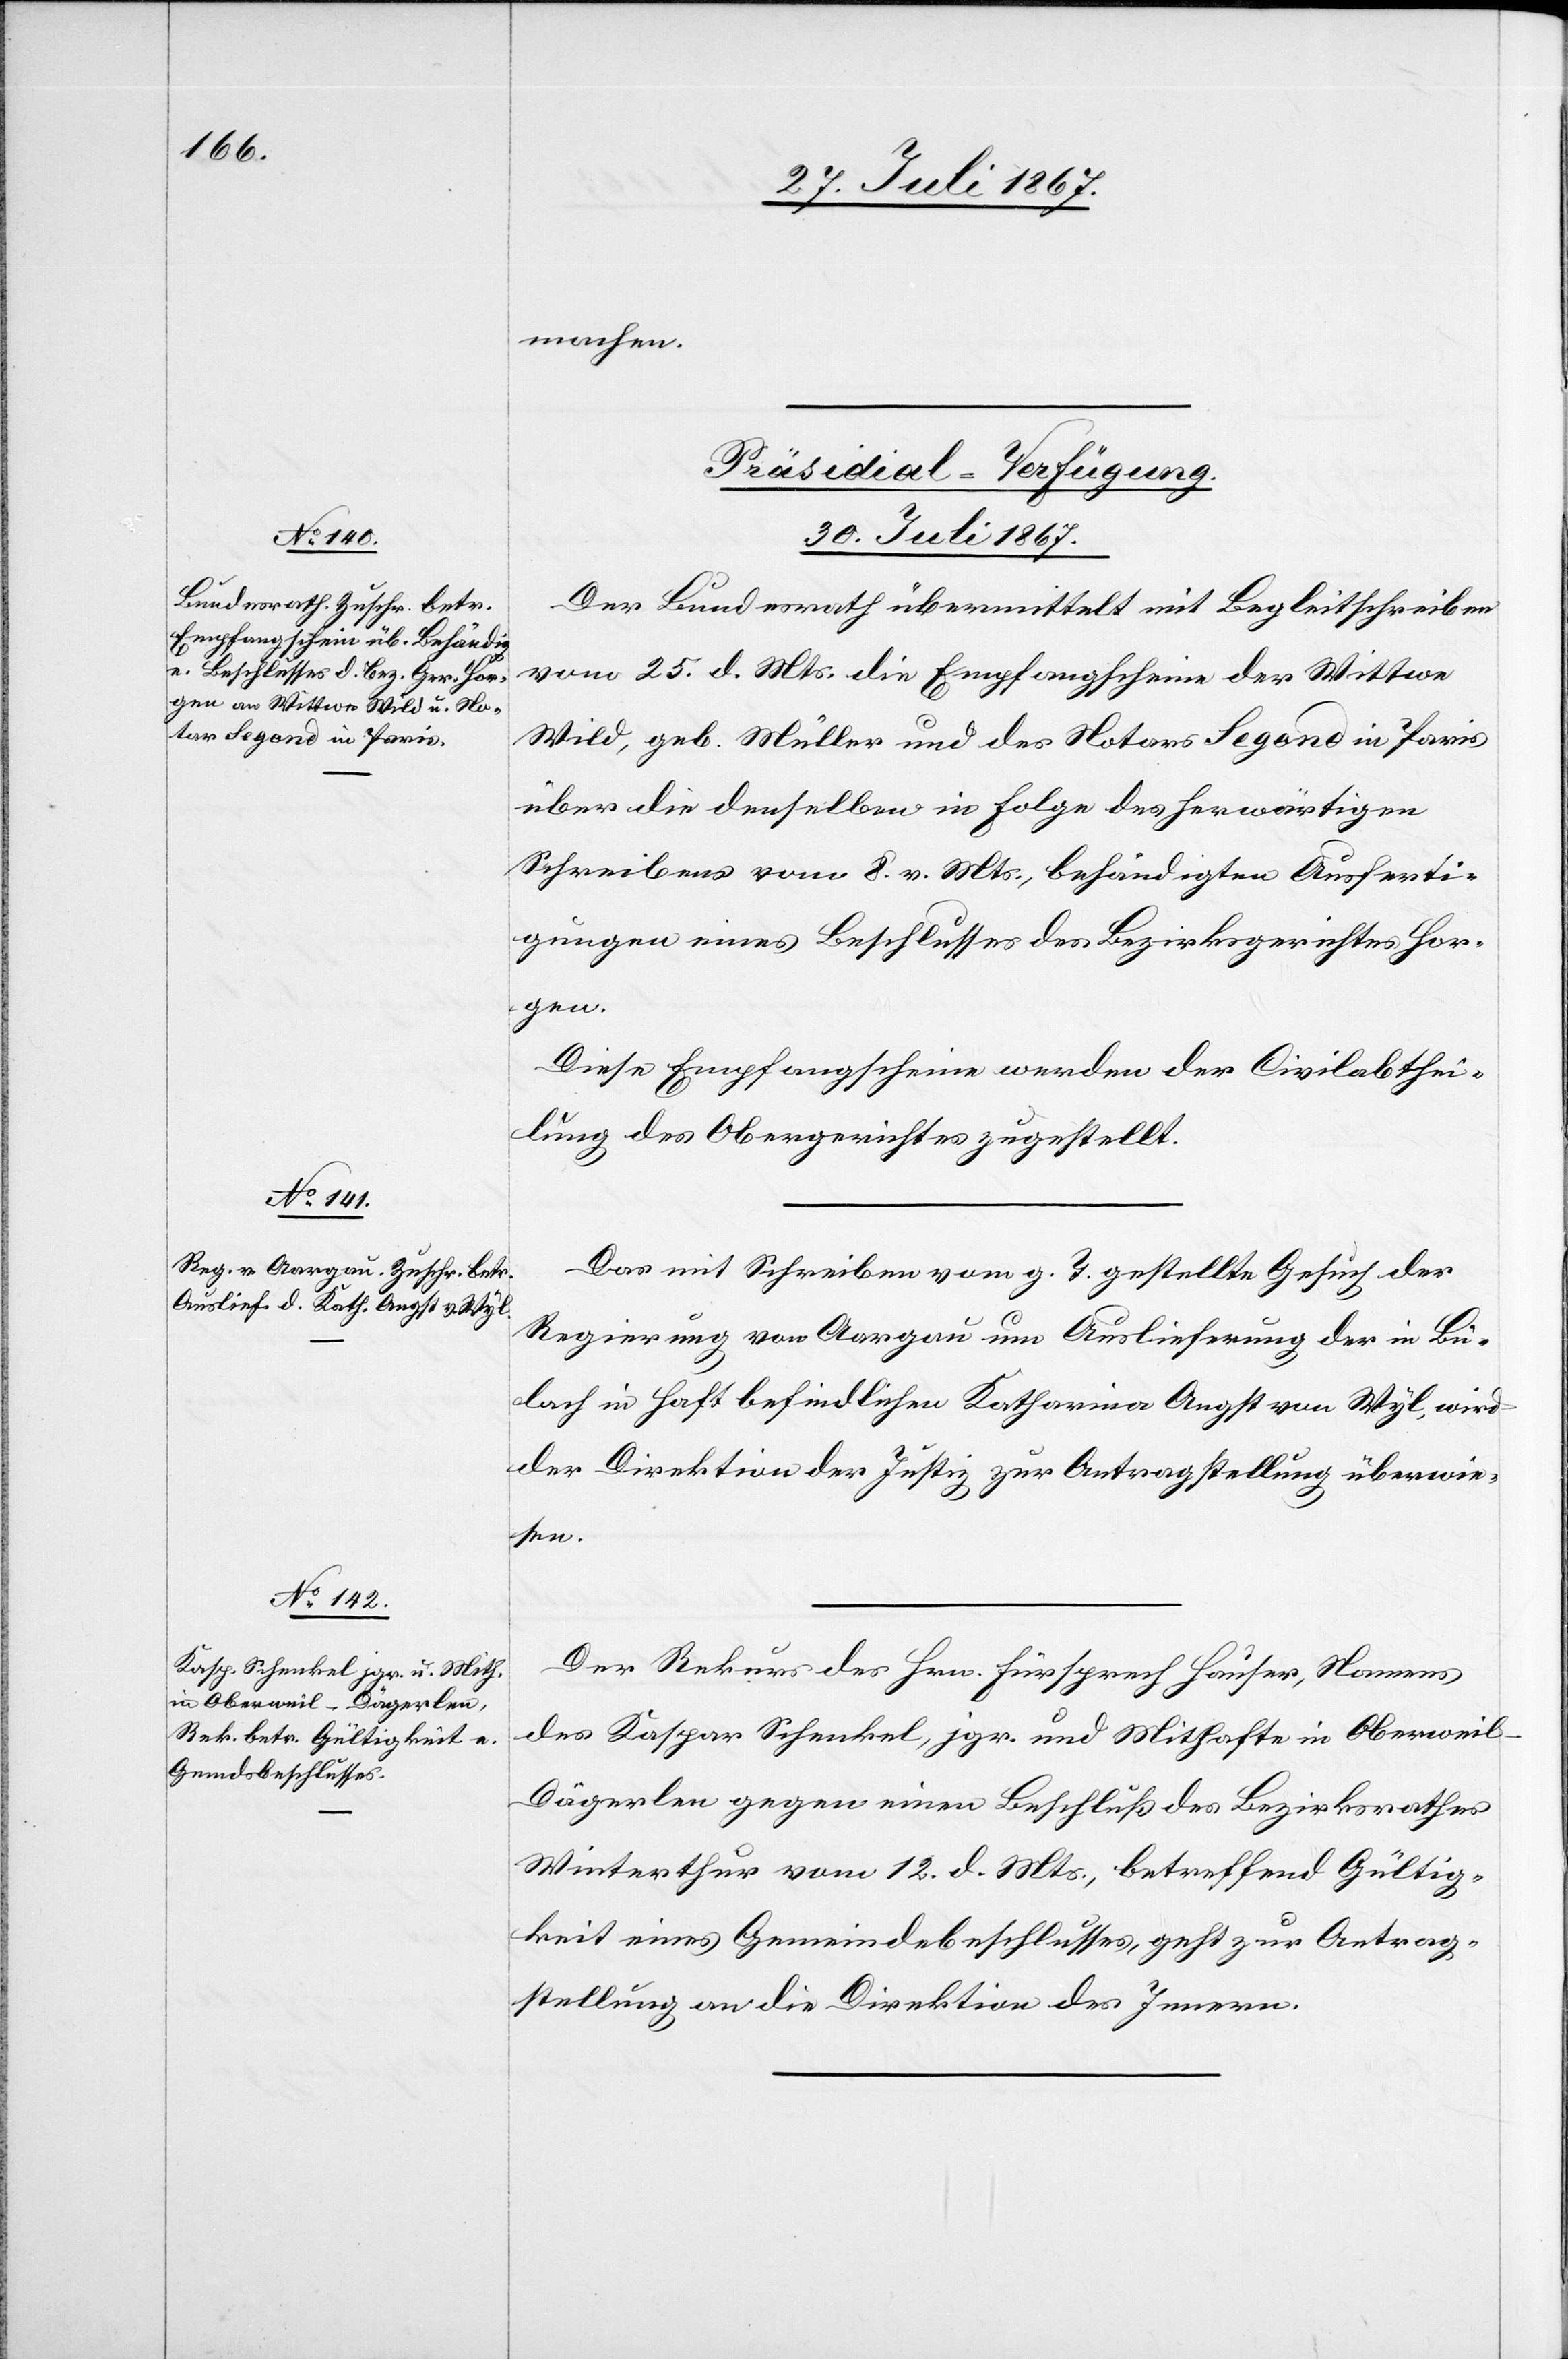
machen.
[Präsidial-Verfügungen.
30. Juli 1867.]
Der Bundesrath übermittelt mit Begleitschreiben
vom 25. d. Mts. die Empfangscheine der Wittwe
Wild, geb. Müller und des Notars Segond in Paris
über die denselben in Folge des herwärtigen
Schreibens vom 8. v. Mts., behändigten Ausferti¬
gungen eines Beschlusses des Bezirksgerichtes Hor¬
gen.
Diese Empfangscheine werden der Civilabthei¬
lung des Obergerichtes zugestellt.
Das mit Schreiben vom g. T. gestellte Gesuch der
Regierung von Aargau um Auslieferung der in Bü¬
lach in Haft befindlichen Katharina Angst von Wyl, wird
der Direktion der Justiz zur Antragstellung überwie¬
sen.
Der Rekurs des Hrn. Fürsprech Hauser, Namens
des Kaspar Schenkel, jgr. und Mithafte in Oberweil-D¬
ägerlen gegen einen Beschluß des Bezirksrathes
Winterthur vom 12. d. Mts., betreffend Gültig¬
keit eines Gemeindsbeschlusses, geht zur Antrag¬
stellung an die Direktion des Innern.